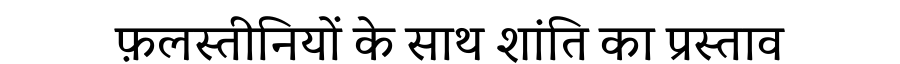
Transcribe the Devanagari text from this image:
फ़लस्तीनियों के साथ शांति का प्रस्ताव